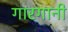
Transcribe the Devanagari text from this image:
गारगानी